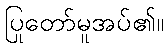
ပြုတော်မူအပ်၏။